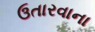
ઉતારવાના